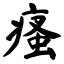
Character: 瘙